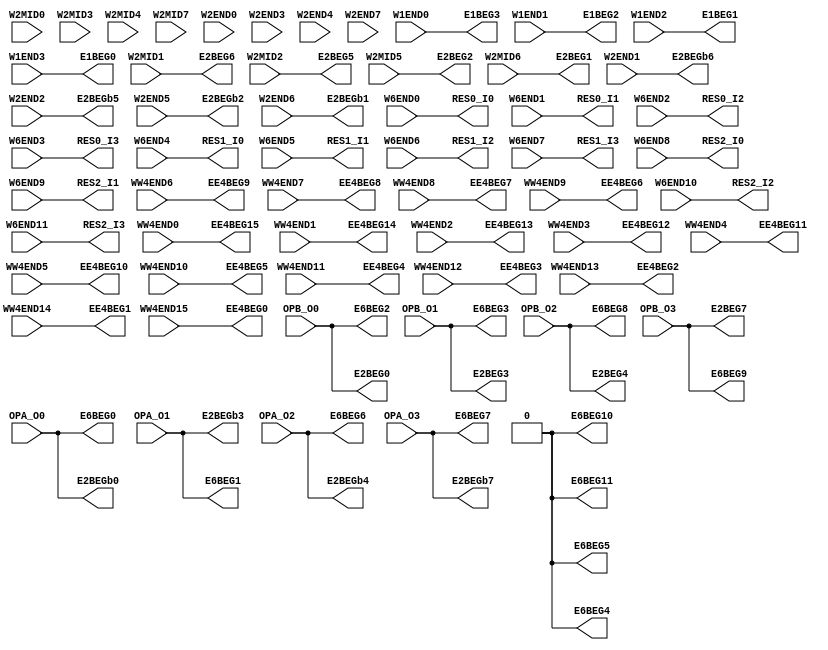
// SPDX-FileCopyrightText: 
// 2021 Nguyen Dao
//
// Licensed under the Apache License, Version 2.0 (the "License");
// you may not use this file except in compliance with the License.
// You may obtain a copy of the License at
//
//      http://www.apache.org/licenses/LICENSE-2.0
//
// Unless required by applicable law or agreed to in writing, software
// distributed under the License is distributed on an "AS IS" BASIS,
// WITHOUT WARRANTIES OR CONDITIONS OF ANY KIND, either express or implied.
// See the License for the specific language governing permissions and
// limitations under the License.
//
// SPDX-License-Identifier: Apache-2.0
//NumberOfConfigBits:0
module W_CPU_IO_switch_matrix (W1END0, W1END1, W1END2, W1END3, W2MID0, W2MID1, W2MID2, W2MID3, W2MID4, W2MID5, W2MID6, W2MID7, W2END0, W2END1, W2END2, W2END3, W2END4, W2END5, W2END6, W2END7, WW4END0, WW4END1, WW4END2, WW4END3, WW4END4, WW4END5, WW4END6, WW4END7, WW4END8, WW4END9, WW4END10, WW4END11, WW4END12, WW4END13, WW4END14, WW4END15, W6END0, W6END1, W6END2, W6END3, W6END4, W6END5, W6END6, W6END7, W6END8, W6END9, W6END10, W6END11, OPA_O0, OPA_O1, OPA_O2, OPA_O3, OPB_O0, OPB_O1, OPB_O2, OPB_O3, E1BEG0, E1BEG1, E1BEG2, E1BEG3, E2BEG0, E2BEG1, E2BEG2, E2BEG3, E2BEG4, E2BEG5, E2BEG6, E2BEG7, E2BEGb0, E2BEGb1, E2BEGb2, E2BEGb3, E2BEGb4, E2BEGb5, E2BEGb6, E2BEGb7, EE4BEG0, EE4BEG1, EE4BEG2, EE4BEG3, EE4BEG4, EE4BEG5, EE4BEG6, EE4BEG7, EE4BEG8, EE4BEG9, EE4BEG10, EE4BEG11, EE4BEG12, EE4BEG13, EE4BEG14, EE4BEG15, E6BEG0, E6BEG1, E6BEG2, E6BEG3, E6BEG4, E6BEG5, E6BEG6, E6BEG7, E6BEG8, E6BEG9, E6BEG10, E6BEG11, RES0_I0, RES0_I1, RES0_I2, RES0_I3, RES1_I0, RES1_I1, RES1_I2, RES1_I3, RES2_I0, RES2_I1, RES2_I2, RES2_I3);
	parameter NoConfigBits = 0;
	 // switch matrix inputs
	input W1END0;
	input W1END1;
	input W1END2;
	input W1END3;
	input W2MID0;
	input W2MID1;
	input W2MID2;
	input W2MID3;
	input W2MID4;
	input W2MID5;
	input W2MID6;
	input W2MID7;
	input W2END0;
	input W2END1;
	input W2END2;
	input W2END3;
	input W2END4;
	input W2END5;
	input W2END6;
	input W2END7;
	input WW4END0;
	input WW4END1;
	input WW4END2;
	input WW4END3;
	input WW4END4;
	input WW4END5;
	input WW4END6;
	input WW4END7;
	input WW4END8;
	input WW4END9;
	input WW4END10;
	input WW4END11;
	input WW4END12;
	input WW4END13;
	input WW4END14;
	input WW4END15;
	input W6END0;
	input W6END1;
	input W6END2;
	input W6END3;
	input W6END4;
	input W6END5;
	input W6END6;
	input W6END7;
	input W6END8;
	input W6END9;
	input W6END10;
	input W6END11;
	input OPA_O0;
	input OPA_O1;
	input OPA_O2;
	input OPA_O3;
	input OPB_O0;
	input OPB_O1;
	input OPB_O2;
	input OPB_O3;
	output E1BEG0;
	output E1BEG1;
	output E1BEG2;
	output E1BEG3;
	output E2BEG0;
	output E2BEG1;
	output E2BEG2;
	output E2BEG3;
	output E2BEG4;
	output E2BEG5;
	output E2BEG6;
	output E2BEG7;
	output E2BEGb0;
	output E2BEGb1;
	output E2BEGb2;
	output E2BEGb3;
	output E2BEGb4;
	output E2BEGb5;
	output E2BEGb6;
	output E2BEGb7;
	output EE4BEG0;
	output EE4BEG1;
	output EE4BEG2;
	output EE4BEG3;
	output EE4BEG4;
	output EE4BEG5;
	output EE4BEG6;
	output EE4BEG7;
	output EE4BEG8;
	output EE4BEG9;
	output EE4BEG10;
	output EE4BEG11;
	output EE4BEG12;
	output EE4BEG13;
	output EE4BEG14;
	output EE4BEG15;
	output E6BEG0;
	output E6BEG1;
	output E6BEG2;
	output E6BEG3;
	output E6BEG4;
	output E6BEG5;
	output E6BEG6;
	output E6BEG7;
	output E6BEG8;
	output E6BEG9;
	output E6BEG10;
	output E6BEG11;
	output RES0_I0;
	output RES0_I1;
	output RES0_I2;
	output RES0_I3;
	output RES1_I0;
	output RES1_I1;
	output RES1_I2;
	output RES1_I3;
	output RES2_I0;
	output RES2_I1;
	output RES2_I2;
	output RES2_I3;
	//global


	parameter GND0 = 1'b0;
	parameter GND = 1'b0;
	parameter VCC0 = 1'b1;
	parameter VCC = 1'b1;
	parameter VDD0 = 1'b1;
	parameter VDD = 1'b1;
	
	wire [1-1:0] E1BEG0_input;
	wire [1-1:0] E1BEG1_input;
	wire [1-1:0] E1BEG2_input;
	wire [1-1:0] E1BEG3_input;
	wire [1-1:0] E2BEG0_input;
	wire [1-1:0] E2BEG1_input;
	wire [1-1:0] E2BEG2_input;
	wire [1-1:0] E2BEG3_input;
	wire [1-1:0] E2BEG4_input;
	wire [1-1:0] E2BEG5_input;
	wire [1-1:0] E2BEG6_input;
	wire [1-1:0] E2BEG7_input;
	wire [1-1:0] E2BEGb0_input;
	wire [1-1:0] E2BEGb1_input;
	wire [1-1:0] E2BEGb2_input;
	wire [1-1:0] E2BEGb3_input;
	wire [1-1:0] E2BEGb4_input;
	wire [1-1:0] E2BEGb5_input;
	wire [1-1:0] E2BEGb6_input;
	wire [1-1:0] E2BEGb7_input;
	wire [1-1:0] EE4BEG0_input;
	wire [1-1:0] EE4BEG1_input;
	wire [1-1:0] EE4BEG2_input;
	wire [1-1:0] EE4BEG3_input;
	wire [1-1:0] EE4BEG4_input;
	wire [1-1:0] EE4BEG5_input;
	wire [1-1:0] EE4BEG6_input;
	wire [1-1:0] EE4BEG7_input;
	wire [1-1:0] EE4BEG8_input;
	wire [1-1:0] EE4BEG9_input;
	wire [1-1:0] EE4BEG10_input;
	wire [1-1:0] EE4BEG11_input;
	wire [1-1:0] EE4BEG12_input;
	wire [1-1:0] EE4BEG13_input;
	wire [1-1:0] EE4BEG14_input;
	wire [1-1:0] EE4BEG15_input;
	wire [1-1:0] E6BEG0_input;
	wire [1-1:0] E6BEG1_input;
	wire [1-1:0] E6BEG2_input;
	wire [1-1:0] E6BEG3_input;
	wire [1-1:0] E6BEG4_input;
	wire [1-1:0] E6BEG5_input;
	wire [1-1:0] E6BEG6_input;
	wire [1-1:0] E6BEG7_input;
	wire [1-1:0] E6BEG8_input;
	wire [1-1:0] E6BEG9_input;
	wire [1-1:0] E6BEG10_input;
	wire [1-1:0] E6BEG11_input;
	wire [1-1:0] RES0_I0_input;
	wire [1-1:0] RES0_I1_input;
	wire [1-1:0] RES0_I2_input;
	wire [1-1:0] RES0_I3_input;
	wire [1-1:0] RES1_I0_input;
	wire [1-1:0] RES1_I1_input;
	wire [1-1:0] RES1_I2_input;
	wire [1-1:0] RES1_I3_input;
	wire [1-1:0] RES2_I0_input;
	wire [1-1:0] RES2_I1_input;
	wire [1-1:0] RES2_I2_input;
	wire [1-1:0] RES2_I3_input;


// The configuration bits (if any) are just a long shift register

// This shift register is padded to an even number of flops/latches
// switch matrix multiplexer  E1BEG0 		MUX-1
	assign E1BEG0 = W1END3;
// switch matrix multiplexer  E1BEG1 		MUX-1
	assign E1BEG1 = W1END2;
// switch matrix multiplexer  E1BEG2 		MUX-1
	assign E1BEG2 = W1END1;
// switch matrix multiplexer  E1BEG3 		MUX-1
	assign E1BEG3 = W1END0;
// switch matrix multiplexer  E2BEG0 		MUX-1
	assign E2BEG0 = OPB_O0;
// switch matrix multiplexer  E2BEG1 		MUX-1
	assign E2BEG1 = W2MID6;
// switch matrix multiplexer  E2BEG2 		MUX-1
	assign E2BEG2 = W2MID5;
// switch matrix multiplexer  E2BEG3 		MUX-1
	assign E2BEG3 = OPB_O1;
// switch matrix multiplexer  E2BEG4 		MUX-1
	assign E2BEG4 = OPB_O2;
// switch matrix multiplexer  E2BEG5 		MUX-1
	assign E2BEG5 = W2MID2;
// switch matrix multiplexer  E2BEG6 		MUX-1
	assign E2BEG6 = W2MID1;
// switch matrix multiplexer  E2BEG7 		MUX-1
	assign E2BEG7 = OPB_O3;
// switch matrix multiplexer  E2BEGb0 		MUX-1
	assign E2BEGb0 = OPA_O0;
// switch matrix multiplexer  E2BEGb1 		MUX-1
	assign E2BEGb1 = W2END6;
// switch matrix multiplexer  E2BEGb2 		MUX-1
	assign E2BEGb2 = W2END5;
// switch matrix multiplexer  E2BEGb3 		MUX-1
	assign E2BEGb3 = OPA_O1;
// switch matrix multiplexer  E2BEGb4 		MUX-1
	assign E2BEGb4 = OPA_O2;
// switch matrix multiplexer  E2BEGb5 		MUX-1
	assign E2BEGb5 = W2END2;
// switch matrix multiplexer  E2BEGb6 		MUX-1
	assign E2BEGb6 = W2END1;
// switch matrix multiplexer  E2BEGb7 		MUX-1
	assign E2BEGb7 = OPA_O3;
// switch matrix multiplexer  EE4BEG0 		MUX-1
	assign EE4BEG0 = WW4END15;
// switch matrix multiplexer  EE4BEG1 		MUX-1
	assign EE4BEG1 = WW4END14;
// switch matrix multiplexer  EE4BEG2 		MUX-1
	assign EE4BEG2 = WW4END13;
// switch matrix multiplexer  EE4BEG3 		MUX-1
	assign EE4BEG3 = WW4END12;
// switch matrix multiplexer  EE4BEG4 		MUX-1
	assign EE4BEG4 = WW4END11;
// switch matrix multiplexer  EE4BEG5 		MUX-1
	assign EE4BEG5 = WW4END10;
// switch matrix multiplexer  EE4BEG6 		MUX-1
	assign EE4BEG6 = WW4END9;
// switch matrix multiplexer  EE4BEG7 		MUX-1
	assign EE4BEG7 = WW4END8;
// switch matrix multiplexer  EE4BEG8 		MUX-1
	assign EE4BEG8 = WW4END7;
// switch matrix multiplexer  EE4BEG9 		MUX-1
	assign EE4BEG9 = WW4END6;
// switch matrix multiplexer  EE4BEG10 		MUX-1
	assign EE4BEG10 = WW4END5;
// switch matrix multiplexer  EE4BEG11 		MUX-1
	assign EE4BEG11 = WW4END4;
// switch matrix multiplexer  EE4BEG12 		MUX-1
	assign EE4BEG12 = WW4END3;
// switch matrix multiplexer  EE4BEG13 		MUX-1
	assign EE4BEG13 = WW4END2;
// switch matrix multiplexer  EE4BEG14 		MUX-1
	assign EE4BEG14 = WW4END1;
// switch matrix multiplexer  EE4BEG15 		MUX-1
	assign EE4BEG15 = WW4END0;
// switch matrix multiplexer  E6BEG0 		MUX-1
	assign E6BEG0 = OPA_O0;
// switch matrix multiplexer  E6BEG1 		MUX-1
	assign E6BEG1 = OPA_O1;
// switch matrix multiplexer  E6BEG2 		MUX-1
	assign E6BEG2 = OPB_O0;
// switch matrix multiplexer  E6BEG3 		MUX-1
	assign E6BEG3 = OPB_O1;
// switch matrix multiplexer  E6BEG4 		MUX-1
	assign E6BEG4 = GND0;
// switch matrix multiplexer  E6BEG5 		MUX-1
	assign E6BEG5 = GND0;
// switch matrix multiplexer  E6BEG6 		MUX-1
	assign E6BEG6 = OPA_O2;
// switch matrix multiplexer  E6BEG7 		MUX-1
	assign E6BEG7 = OPA_O3;
// switch matrix multiplexer  E6BEG8 		MUX-1
	assign E6BEG8 = OPB_O2;
// switch matrix multiplexer  E6BEG9 		MUX-1
	assign E6BEG9 = OPB_O3;
// switch matrix multiplexer  E6BEG10 		MUX-1
	assign E6BEG10 = GND0;
// switch matrix multiplexer  E6BEG11 		MUX-1
	assign E6BEG11 = GND0;
// switch matrix multiplexer  RES0_I0 		MUX-1
	assign RES0_I0 = W6END0;
// switch matrix multiplexer  RES0_I1 		MUX-1
	assign RES0_I1 = W6END1;
// switch matrix multiplexer  RES0_I2 		MUX-1
	assign RES0_I2 = W6END2;
// switch matrix multiplexer  RES0_I3 		MUX-1
	assign RES0_I3 = W6END3;
// switch matrix multiplexer  RES1_I0 		MUX-1
	assign RES1_I0 = W6END4;
// switch matrix multiplexer  RES1_I1 		MUX-1
	assign RES1_I1 = W6END5;
// switch matrix multiplexer  RES1_I2 		MUX-1
	assign RES1_I2 = W6END6;
// switch matrix multiplexer  RES1_I3 		MUX-1
	assign RES1_I3 = W6END7;
// switch matrix multiplexer  RES2_I0 		MUX-1
	assign RES2_I0 = W6END8;
// switch matrix multiplexer  RES2_I1 		MUX-1
	assign RES2_I1 = W6END9;
// switch matrix multiplexer  RES2_I2 		MUX-1
	assign RES2_I2 = W6END10;
// switch matrix multiplexer  RES2_I3 		MUX-1
	assign RES2_I3 = W6END11;

endmodule